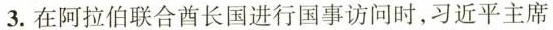
3.在阿拉伯联合酋长国进行国事访问时，习近平主席